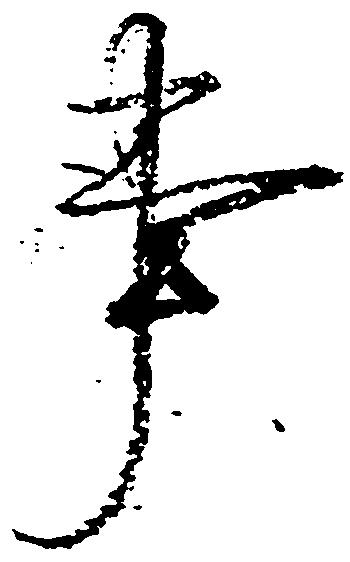
事